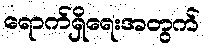
ရောက်ရှိရေးအတွက်